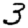
Digit: 3